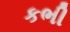
કભી